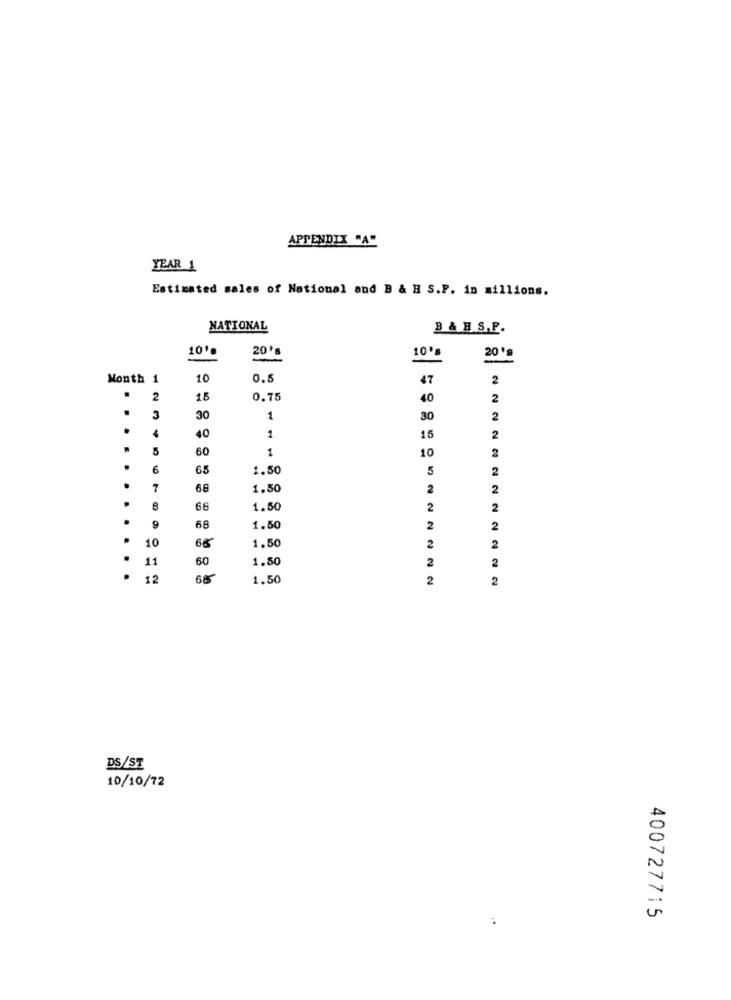
APPENDIX "A"
YEAR 1
Estimated sales of National and B & H S.P. in millions.
NATIONAL
B & B S.P.
10%
20's
100g
20's
Month 1
10
0.5
47
2
.
2
15
0.75
40
2
.
3
30
1
30
2
4
40
1
15
2
5
60
1
10
2
.
6
65
1.50
5
2
7
68
1.50
2
2
66
1.50
2
2
9
68
1.50
2
2
.
10
65
1.50
2
2
11
60
1.50
2
2
12
68
1.50
2
2
DS/ST
10/10/72
400727715